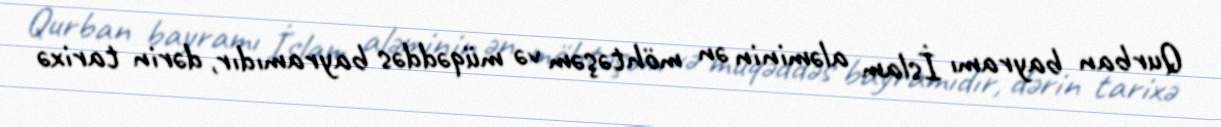
Qurban bayramı İslam aləminin ən möhtəşəm və müqəddəs bayramıdır, dərin tarixə